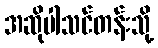
အဆိုပါသင်တန်းသို့